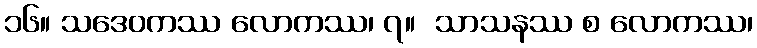
၁၆။ သဒေဝကဿ လောကဿ၊ ၇။  သာသနဿ စ လောကဿ၊